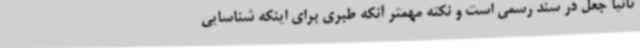
ثانیا جعل در سند رسمی است و نکته مهمتر آنکه طبری برای اینکه شناسایی